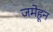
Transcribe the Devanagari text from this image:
जमेहून